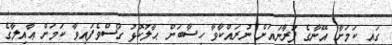
ގައި ކަމަށާ އޭނާގެ ފުރާނައަށް ނުރައްކާވާ ހިސާބަށް ޙާލުކޮޅު ގޯސްވެފައިވާ ކަމަށް ޢާއިލާގެ